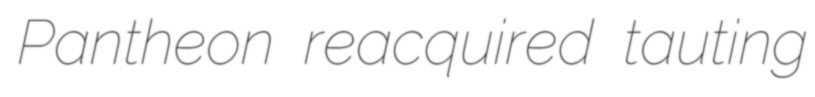
Pantheon reacquired tauting